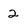
Character: 2